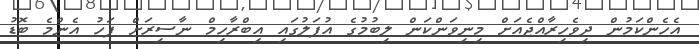
އެހެންކަމުން ދިވެހިރާއްޖެއަށް މިނިވަންކަން ލިބުމުގެ އުފަލުގައި އިބްރާހިމް ނާސިރަށް ފަހު އެންމެ ބޮޑު